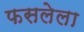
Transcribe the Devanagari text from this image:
फसलेला